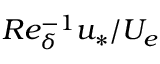
R e _ { \delta } ^ { - 1 } u _ { * } / U _ { e }